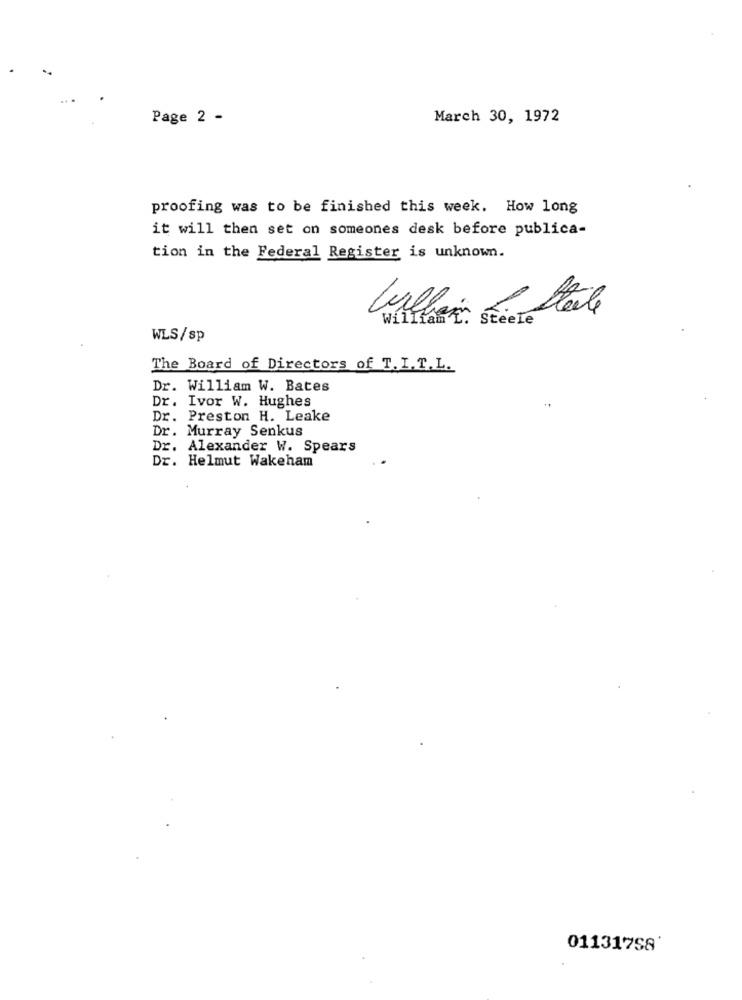
Page 2 -
March 30, 1972
proofing was to be finished this week. How long
it will then set on someones desk before publica-
tion in the Federal Register is unknown.
Villain & Stele
Willlast. Steele
WLS/sp
The Board of Directors of T. I.T.L.
Dr. William W. Bates
Dr. Ivor W. Hughes
Dr. Preston H. Leake
Dr. Murray Senkus
Dr. Alexander W. Spears
Dr. Helmut Wakeham
01131758'